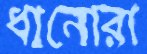
ধানোরা